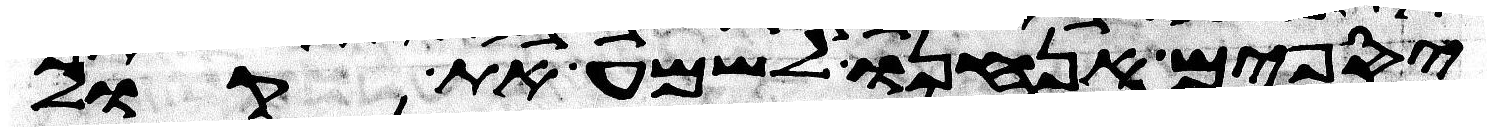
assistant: יספים אנחנו לשמע את קול